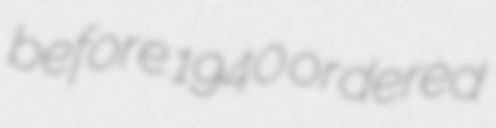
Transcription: before 1940 ordered